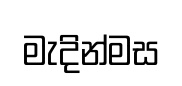
මැදින්මස